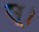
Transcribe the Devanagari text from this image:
सू।